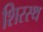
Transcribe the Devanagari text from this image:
शिरस्थ